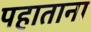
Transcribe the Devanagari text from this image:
पहाताना